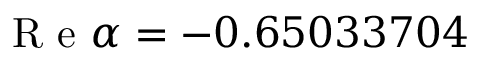
\mathrm { ~ R ~ e ~ } \alpha = - 0 . 6 5 0 3 3 7 0 4